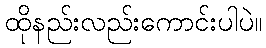
ထိုနည်းလည်းကောင်းပါပဲ။